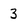
Character: 3